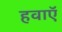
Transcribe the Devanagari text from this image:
हवाऍ